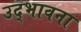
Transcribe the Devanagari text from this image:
उद्‌भावना